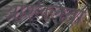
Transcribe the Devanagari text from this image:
अश्लिलता